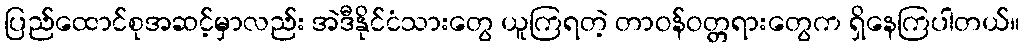
ပြည်ထောင်စုအဆင့်မှာလည်း အဲဒီနိုင်ငံသားတွေ ယူကြရတဲ့ တာဝန်ဝတ္တရားတွေက ရှိနေကြပါတယ်။